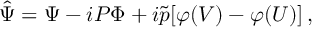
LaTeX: \hat { \Psi } = \Psi - i P \Phi + i \tilde { p } [ \varphi ( V ) - \varphi ( U ) ] \, ,